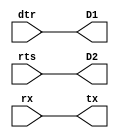
//-----------------------------------------------------------------------------
//-- Pruebas de conexionado del puerto serie
//-- Las seales dtr y rts se cablean a los leds
//-- La seal Rx se conecta a Tx para que se haga un eco a nivel fisico
//------------------------------------------------------------------------------
module echowire1(input wire dtr,
                 input wire rts,
                 input wire rx,
                 output wire tx,
                 output wire D1,
                 output wire D2);

//-- Sacar senal dtr y rts por los leds
assign D1 = dtr;
assign D2 = rts;

//-- Conectar rx a tx para que se haga un eco "cableado"
assign tx = rx;

endmodule